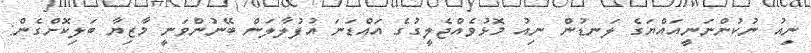
ނިއު ނުކުންނަނީއައްޔަގެ ލަނޑުން ނިއު މޮޅުވެއްޖެލީގުގެ އައްޑަނަ އުފުލާލަން ބޭނުންވަނީ މާޒިޔާ ބަލިކޮށްގެން: